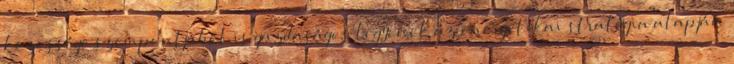
közössége szempontjából is gazdaságos legyenek az energetikai stratégia alapján